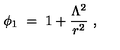
\phi _ { 1 } \ = \ 1 + \frac { \Lambda ^ { 2 } } { r ^ { 2 } } \ ,